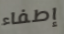
إطفاء